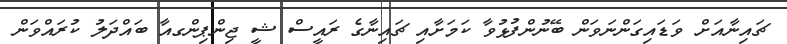
ޗައިނާއަށް ވަޑައިގަންނަވަން ބޭނުންފުޅުވާ ކަމަށާއި ޗައިނާގެ ރައީސް ޝީ ޖިންޕިންގއާ ބައްދަލު ކުރައްވަން